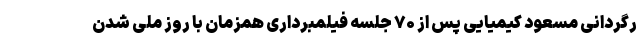
رگردانی مسعود کیمیایی پس از ۷۰ جلسه فیلمبرداری همزمان با روز ملی شدن